Indian journal of veterinary science and animal husbandry - Volume 1,
Year: 1931
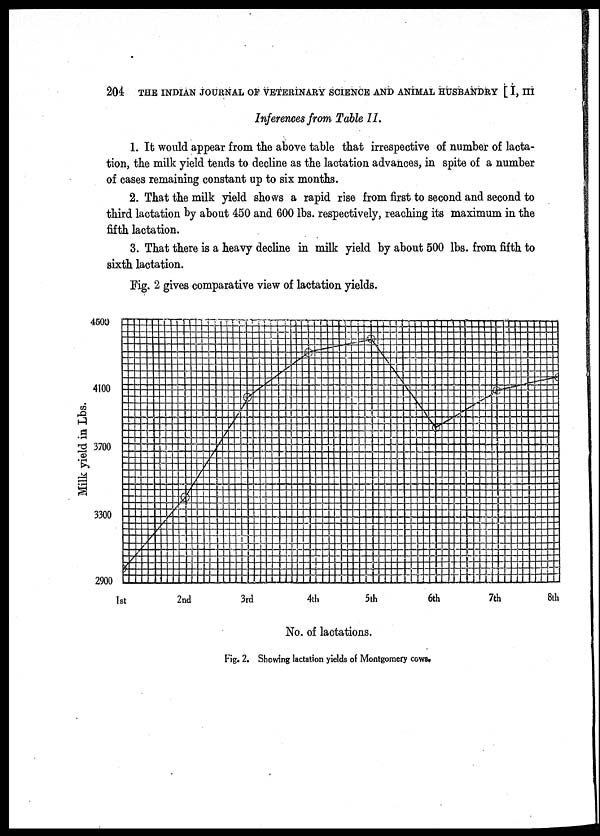
204 THE INDIAN JOURNAL OF VETERINARY SCIENCE AND ANIMAL HUSBANDRY [ I, III
Inferences from Table II.
1. It would appear from the above table that irrespective of number of lacta-
tion, the milk yield tends to decline as the lactation advances, in spite of a number
of cases remaining constant up to six months.
2. That the milk yield shows a rapid rise from first to second and second to
third lactation by about 450 and 600 lbs. respectively, reaching its maximum in the
fifth lactation.
3. That there is a heavy decline in milk yield by about 500 lbs. from fifth to
sixth lactation.
Fig. 2 gives comparative view of lactation yields.
Fig. 2. Showing lactation yields of Montgomery cows.